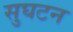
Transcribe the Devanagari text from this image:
सुघटन